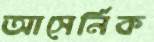
আসের্নিক